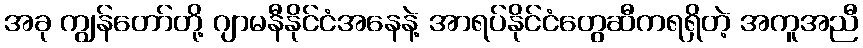
အခု ကျွန်တော်တို့ ဂျာမနီနိုင်ငံအနေနဲ့ အာရပ်နိုင်ငံတွေဆီကရရှိတဲ့ အကူအညီ